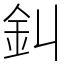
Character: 䤛